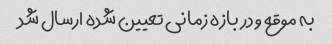
به موقع و در بازه زمانی تعیین شده ارسال شد